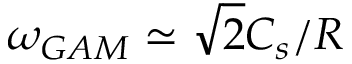
\omega _ { G A M } \simeq \sqrt { 2 } C _ { s } / R